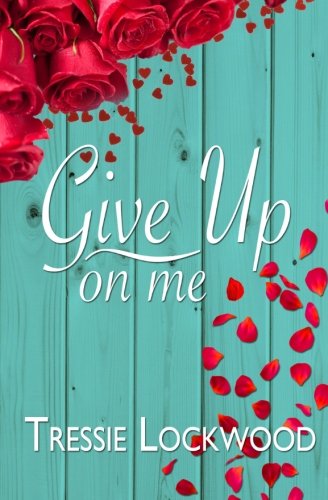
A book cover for Give Up On Me; Tressie Lockwood; Romance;